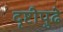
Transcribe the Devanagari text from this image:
दृष्टीपुढे